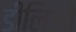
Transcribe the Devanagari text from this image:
डीलिओ